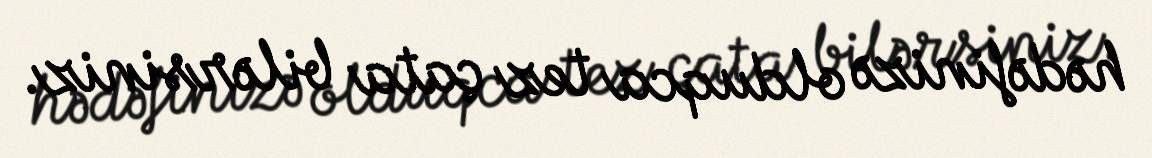
hədəfinizə olduqca tez çata bilərsiniz.